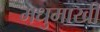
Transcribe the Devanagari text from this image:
मधुमाखी